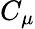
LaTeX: C_{\mu}